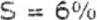
S = 6%